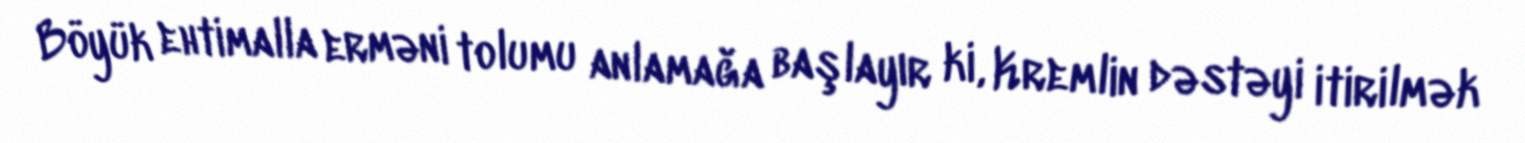
Böyük ehtimalla erməni tolumu anlamağa başlayır ki, Kremlin dəstəyi itirilmək